Vaccination in the Punjab 1897-1904 - 1897-1904
Year: 1897
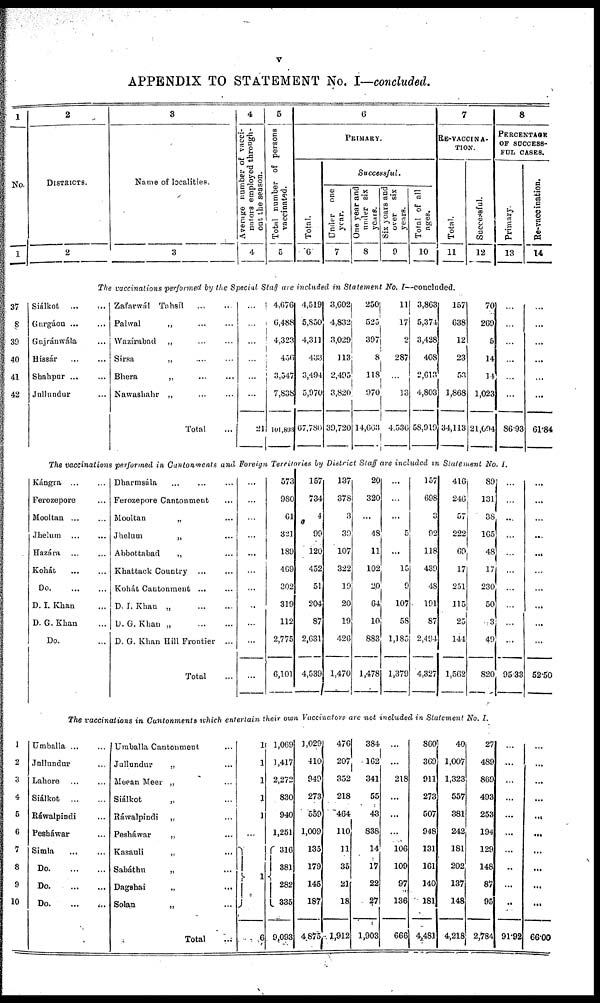
V
APPENDIX TO STATEMENT No I—concluded.
1
No.
1
2
DISTRICTS.
2
3
Name of localities.
3
4
Average number of vacci-
nators employed through-
out the season.
4
5
Total number of persons
vaccinated.
5
6
PRIMARY.
Total.
6
Successful.
Under one
year.
7
One year and
under six
years.
8
Six years and
over six
years.
9
Total of all
ages.
10
7
RE-VACCINA-
-----
Total.
11
Successful.
12
8
PERCENTAGE
OF SUCCESS-
--- CASES.
Primary.
13
Re-vaccination.
14
The vaccinations performed by the Special Staff are included in Statement No. I—concluded.
37
38
39
40
41
42
Siálkot
...
...
Gurgáon ... ...
Gujránwála ... ...
Hissár ... ...
Shahpur ... ...
Jullundur ... ...
Zafarwál Tahsíl ... ...
Palwal
„
...
...
Wazírabad „ ... ...
Sirsa „ ... ...
Bhera
„
...
...
Nawashahr „ ... ...
Total ...
21
4,676
6,488
4,323
456
3,547
7,838
101,893
4,519
5,850
4,311
433
3,494
5,970
67,780
3,602
4,832
3,029
113
2,495
3,820
39,720
250
525
397
8
118
970
14,663
11
17
2
287
...
13
4,536
3,863
5,374
3,428
408
2,613
4,803
58,919
157
638
12
23
53
1,868
34,113
70
269
5
14
14
1,023
21,694
...
...
...
...
...
...
86.93
...
...
...
...
...
...
61.84
The vaccinations performed in Cantonments and Foreign Territories by District Staff are included in Statement No. I.
Kángra ... ...
Ferozepore ... ...
Mooltan ... ...
Jhelum ... ...
Hazára ... ...
Kohát
...
...
Do.
...
...
D. I. Khan ... ...
D. G. Khan ... ...
Do. ... ...
Dharmsála ... ... ...
Ferozepore Cantonment ...
Mooltan „ ... ...
Jhelum „ ... ...
Abbottabad „ ... ...
Khattack Country „ ... ...
Kohát Cantonment „ ... ...
D. I. Khan
„
...
...
D. G. Khan
„
...
...
D. G. Khan Hill Frontier ...
Total ...
...
573
980
61
321
189
469
302
319
112
2,775
6,101
157
734
4
99
120
452
51
204
87
2,631
4,539
137
378
3
39
107
322
19
20
19
426
1,470
20
320
...
48
11
102
20
64
10
883
1,478
...
...
...
5
...
15
9
107
58
1,185
1,379
157
698
9
92
118
439
48
191
87
2,494
4,327
416
246
57
222
69
17
251
115
25
144
1,562
89
131
38
165
48
17
230
50
3
49
820
...
...
...
...
...
...
...
...
...
...
95.33
...
...
...
...
...
...
...
...
...
...
52.50
The vaccinations in Cantonments which entertain their own Vaccinators arc not included in Statement No. I
1
2
3
4
5
6
7
8
9
10
Umballa ... ...
Jullundur ... ...
Lahore ... ...
Siálkot ... ...
Ráwalpindi ... ...
Pesháwar ... ...
Simla ... ...
Do.
...
...
Do.
...
...
Do. ... ...
Umballa Cantonment ...
Jullundur „ ... ...
Meean Meer „ ... ...
Siálkot „ ... ...
Ráwalpindi „ ... ...
Pesháwar „ ... ...
Kasauli „ ... ...
Sabáthu „ ... ...
Dagshai „ ... ...
Solan „ ... ...
Total ...
1
1
1
1
1
1
6
1,069
1,417
2,272
830
940
1,251
316
381
282
335
9,093
1,029
410
949
273
559
1,009
135
179
145
187
4,875
476
207
352
218
464
110
11
35
21
18
1,912
384
162
341
55
43
838
14
17
22
27
1,903
...
...
218
...
...
...
106
109
97
136
666
860
369
911
273
507
948
131
161
140
181
4,481
40
1,007
1,323
557
381
242
181
202
137
148
4,218
27
489
869
493
253
194
129
148
87
95
2,784
...
...
...
...
...
...
...
...
...
...
91.92
...
...
...
...
...
...
...
...
...
...
66.00